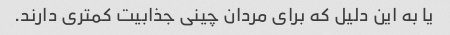
یا به این دلیل که برای مردان چینی جذابیت کمتری دارند.